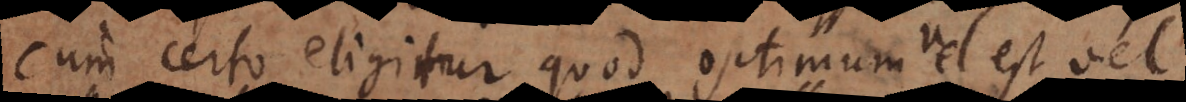
cum certo eligitur quod optimum vel est vel